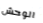
الوحش